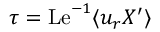
\tau = \mathrm { L e } ^ { - 1 } \langle u _ { r } X ^ { \prime } \rangle